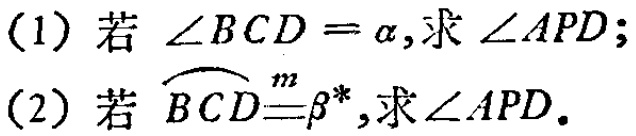
(1) 若 $\angle BCD = \alpha$,求 $\angle APD$;
(2) 若 $\overset{\frown}{BCD}\overset{m}{=}\beta^{\circ}$,求 $\angle APD$.